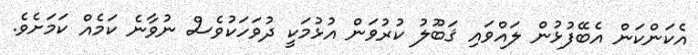
އެކަންކަން އެބޭފުޅުން ލައްވައި ޤަބޫލު ކުރުވަން އުޅުމަކީ ދުވަހަކުވެސް ނުވާނެ ކަމެއް ކަމަށެވެ.